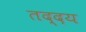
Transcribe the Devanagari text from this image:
तद्दय